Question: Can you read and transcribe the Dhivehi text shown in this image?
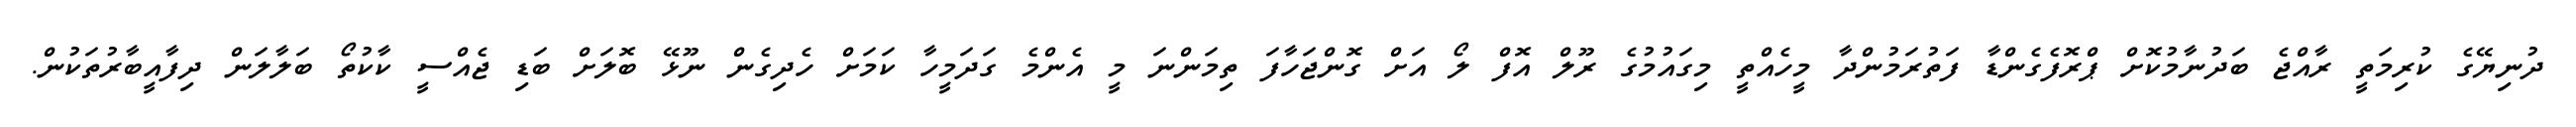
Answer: ދުނިޔޭގެ ކުރިމަތީ ރާއްޖެ ބަދުނާމުކޮށް ޕްރޮފެގެންޑާ ފަތުރަމުންދާ މީހެއްތީ މިގައުމުގެ ރޫލް އޮފް ލޯ އަށް ގޮންޖަހާފަ ތިމަންނަ މީ އެންމެ ގަދަމީހާ ކަމަށް ހެދިގެން ނޫޅޭ ބޮލަށް ބަޑި ޖެއްސީ ކާކުތޯ ބަލާލަން ދިފާއީބާރުތަކުން.